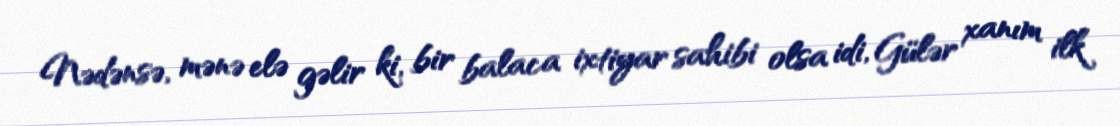
Nədənsə, mənə elə gəlir ki, bir balaca ixtiyar sahibi olsa idi, Gülər xanım ilk